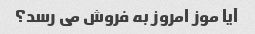
آیا موز امروز به فروش می رسد؟